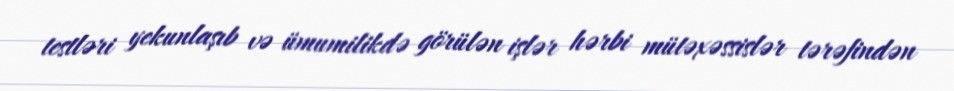
testləri yekunlaşıb və ümumilikdə görülən işlər hərbi mütəxəssislər tərəfindən